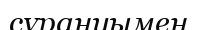
сұрануымен